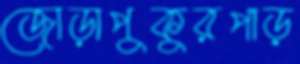
জোড়াপুকুরপাড়